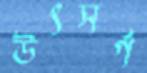
উৎসর্গ